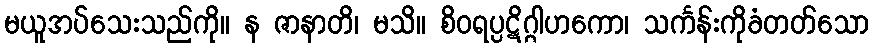
မယူအပ်သေးသည်ကို။ န ဇာနာတိ၊ မသိ။ စိဝရပ္ပဋိဂ္ဂါဟကော၊ သင်္ကန်းကိုခံတတ်သော